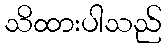
သိထားပါသည်